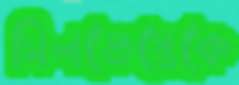
সিলভেস্ত্রেকে